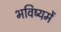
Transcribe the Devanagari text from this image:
भविष्‍यमें